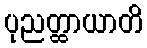
ပုညတ္ထာယာတိ